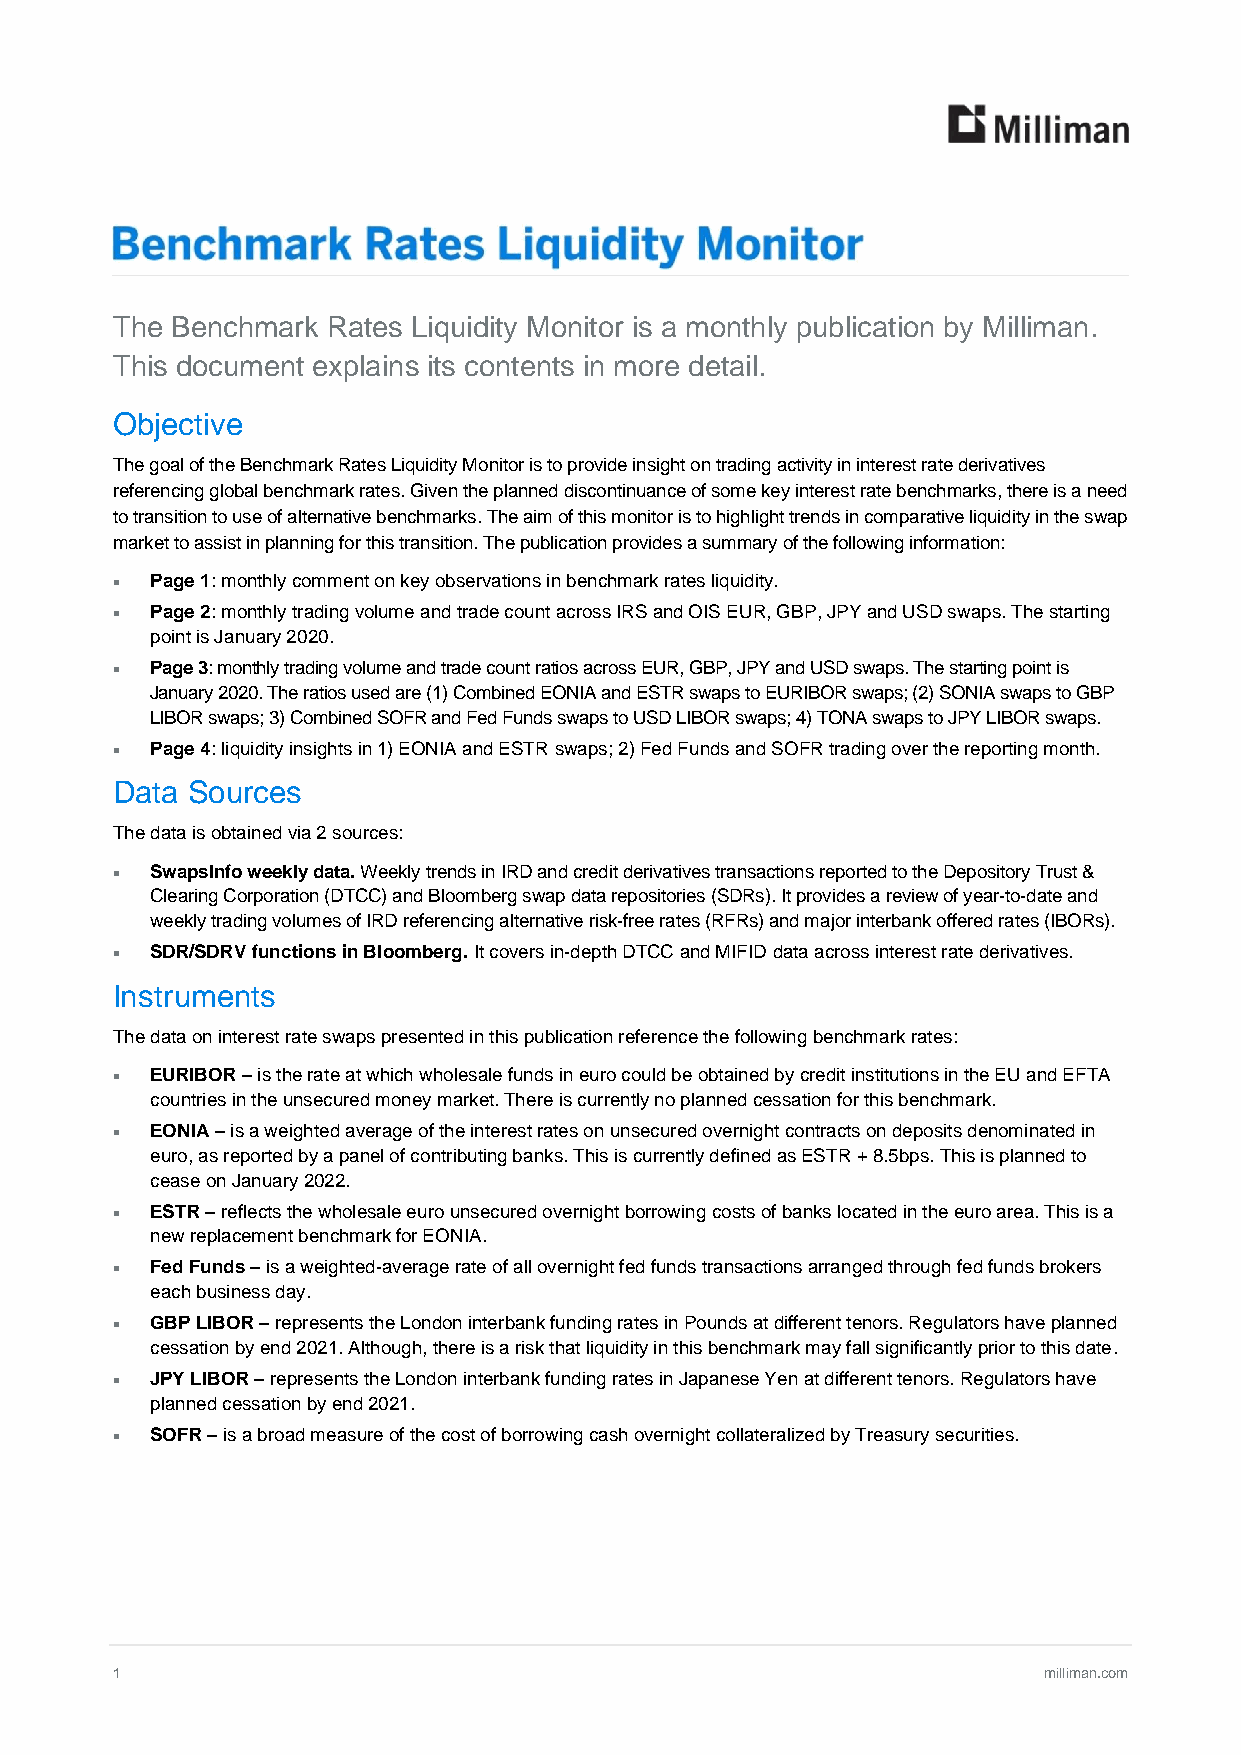
MILLIMAN BENCHMARK RATES LIQUIDITY MONITOR
 The Benchmark  Rates Liquidity Monitor is a monthly publication by Milliman.
 This document explains its contents in more detail.
 Objective
 The goal of the Benchmark Rates Liquidity Monitor is to provide insight on trading activity in interest rate derivatives
 referencing global benchmark rates. Given the planned discontinuance of some key interest rate benchmarks, there is a need
 to transition to use of alternative benchmarks. The aim of this monitor is to highlight trends in comparative liquidity in the swap
 market to assist in planning for this transition. The publication provides a summary of the following information:
   Page 1: monthly comment on key observations in benchmark rates liquidity.
   Page 2: monthly trading volume and trade count across IRS and OIS EUR, GBP, JPY and USD swaps. The starting
 point is January 2020.
   Page 3: monthly trading volume and trade count ratios across EUR, GBP, JPY and USD swaps. The starting point is
 January 2020. The ratios used are (1) Combined EONIA and ESTR swaps to EURIBOR swaps; (2) SONIA swaps to GBP
 LIBOR swaps; 3) Combined SOFR and Fed Funds swaps to USD LIBOR swaps; 4) TONA swaps to JPY LIBOR swaps.
   Page 4: liquidity insights in 1) EONIA and ESTR swaps; 2) Fed Funds and SOFR trading over the reporting month.
 Data Sources
 The data is obtained via 2 sources:
   SwapsInfo weekly data. Weekly trends in IRD and credit derivatives transactions reported to the Depository Trust &
 Clearing Corporation (DTCC) and Bloomberg swap data repositories (SDRs). It provides a review of year-to-date and
 weekly trading volumes of IRD referencing alternative risk-free rates (RFRs) and major interbank offered rates (IBORs).
   SDR/SDRV functions in Bloomberg. It covers in-depth DTCC and MIFID data across interest rate derivatives.
 Instruments
 The data on interest rate swaps presented in this publication reference the following benchmark rates:
   EURIBOR – is the rate at which wholesale funds in euro could be obtained by credit institutions in the EU and EFTA
 countries in the unsecured money market. There is currently no planned cessation for this benchmark.
   EONIA – is a weighted average of the interest rates on unsecured overnight contracts on deposits denominated in
 euro, as reported by a panel of contributing banks. This is currently defined as ESTR + 8.5bps. This is planned to
 cease on January 2022.
   ESTR – reflects the wholesale euro unsecured overnight borrowing costs of banks located in the euro area. This is a
 new replacement benchmark for EONIA.
   Fed Funds – is a weighted-average rate of all overnight fed funds transactions arranged through fed funds brokers
 each business day.
   GBP LIBOR – represents the London interbank funding rates in Pounds at different tenors. Regulators have planned
 cessation by end 2021. Although, there is a risk that liquidity in this benchmark may fall significantly prior to this date.
   JPY LIBOR – represents the London interbank funding rates in Japanese Yen at different tenors. Regulators have
 planned cessation by end 2021.
   SOFR – is a broad measure of the cost of borrowing cash overnight collateralized by Treasury securities.
 1                                                             milliman.com